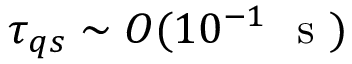
\tau _ { q s } \sim O ( 1 0 ^ { - 1 } \ \textrm { s } )